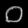
Digit: ၀